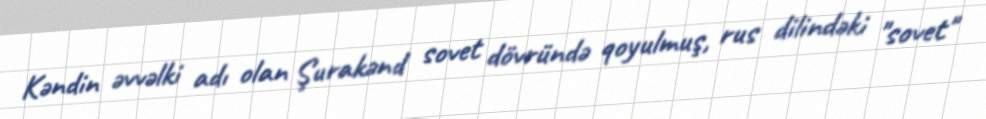
Kəndin əvvəlki adı olan Şurakənd sovet dövründə qoyulmuş, rus dilindəki "sovet"